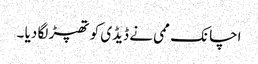
اچانک ممی نے ڈیڈی کو تھپڑ لگا دیا ۔